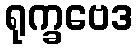
ရုက္ခဗေဒ